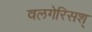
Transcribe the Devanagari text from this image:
वलगेरिसश्